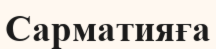
Сарматияға